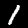
Digit: 1